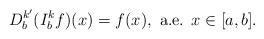
LaTeX: \begin{align*}D_b^{k'}(I_b^kf)(x)= f(x),\mbox{ a.e. }x\in [a,b].\end{align*}